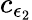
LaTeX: c_{\epsilon_{2}}